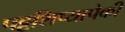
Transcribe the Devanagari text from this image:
पट्टशिष्यापैकी